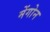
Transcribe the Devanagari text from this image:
मेंगोन